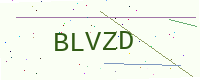
Text: BLVZD